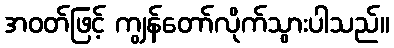
အဝတ်ဖြင့် ကျွန်တော်လိုက်သွားပါသည်။